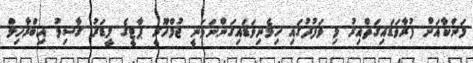
ލަންކާއަށް ފުރާވަޑައިގަތްއިރު މި ވަފުދުގައި ހިމެނިވަޑައިގަންނަވަނީ ޖުމްހޫރީ ޕާޓީގެ ލީޑަރު ގާސިމު އިބްރާހިމް